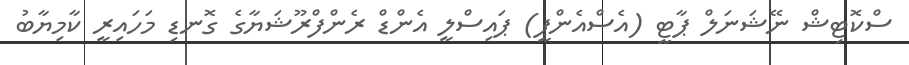
ސްކޮޓިޝް ނޭޝަނަލް ޕާޓީ (އެސްއެންޕީ) ޕައިސްލީ އެންޑް ރެންފްރޫޝަޔާގެ ގޮނޑި މަހައިރީ ކާމިޔާބު